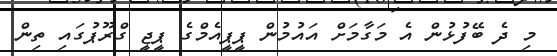
މި ދެ ބޭފުޅުން އެ މަގާމަށް އައުމުން ޕީޕީއެމްގެ ޕީޖީ ގްރޫޕުގައި ތިން